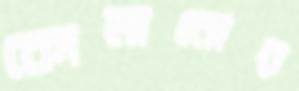
কোমানোর